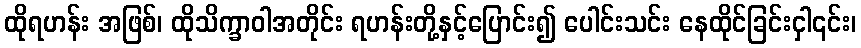
ထိုရဟန်း အဖြစ်၊ ထိုသိက္ခာဝါအတိုင်း ရဟန်းတို့နှင့်ပြောင်း၍ ပေါင်းသင်း နေထိုင်ခြင်းငှါ၎င်း၊